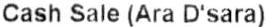
CASH SALE (ARA D'SARA)